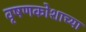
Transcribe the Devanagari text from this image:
वृषणकोशाच्या